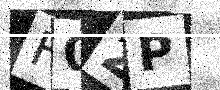
Text: F02P